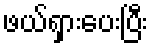
ဖယ်ရှားပေးပြီး